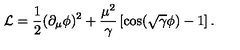
{ \cal { L } } = \frac { 1 } { 2 } ( \partial _ { \mu } \phi ) ^ { 2 } + \frac { \mu ^ { 2 } } { \gamma } \left[ \cos ( \sqrt { \gamma } \phi ) - 1 \right] .